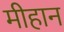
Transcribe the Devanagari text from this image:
मीहान